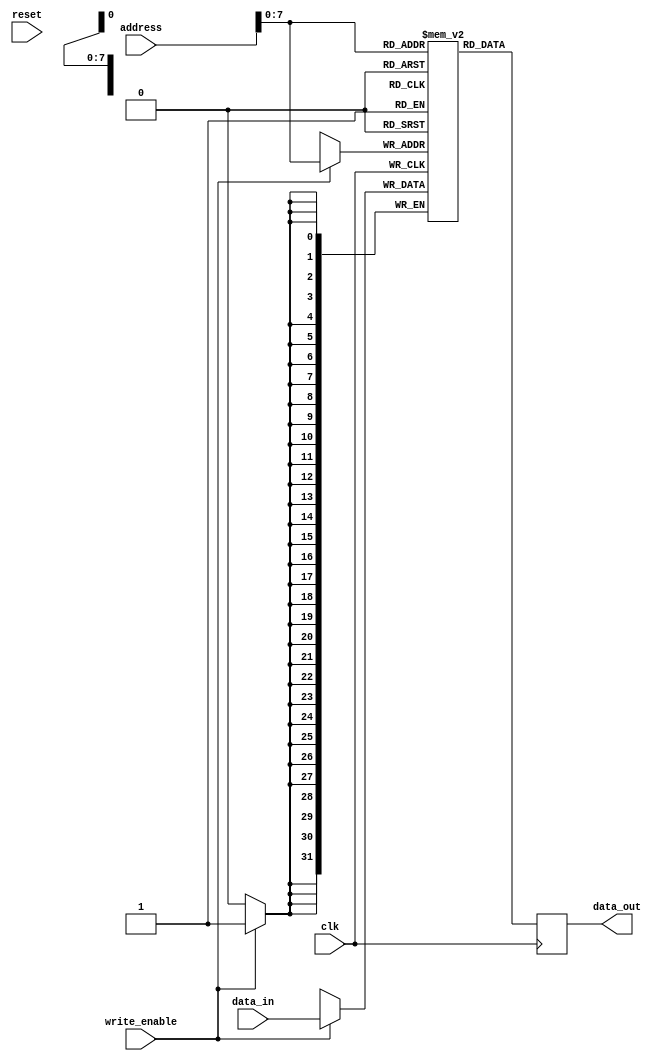
// INSPIRED BY https://learn.lushaylabs.com/tang-nano-9k-sharing-resources/
`ifndef RAM
`define RAM

module ram (
  input clk,
  input reset,
  input [31:0] address,
  input [31:0] data_in,
  input write_enable,
  output reg [31:0] data_out
);
  reg [31:0] storage [255:0];

  integer i;
  initial
    for (i = 0; i <= 255; i = i + 1)
      storage[i] <= 0;

  always @(posedge clk)
  begin
    if (write_enable)
      storage[address] <= data_in;

    data_out <= storage[address];
  end
endmodule
`endif